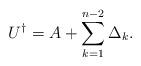
LaTeX: \begin{align*}U^{\dagger}=A+\sum_{k=1}^{n-2}\Delta_k.\end{align*}